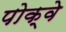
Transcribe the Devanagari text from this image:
पोक्वे